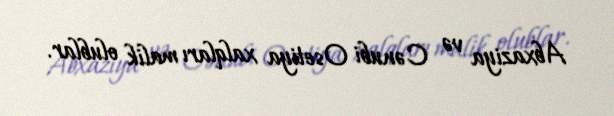
Abxaziya və Cənubi Osetiya xalqları malik olublar.